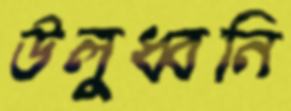
উলুধ্বনি